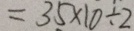
= 3 5 \times 1 0 \div 2